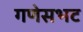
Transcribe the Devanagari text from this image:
गणेसभट